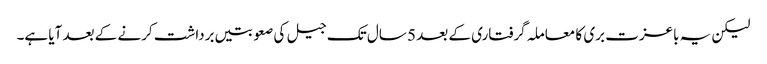
لیکن یہ باعزت بری کا معاملہ گرفتاری کے بعد 5 سال تک جیل کی صعوبتیں برداشت کرنے کے بعد آیا ہے۔